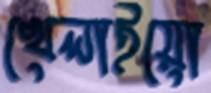
খেলাইয়ো